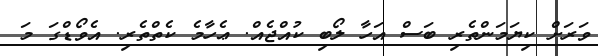
ވަރަށް ކިޔަމަންތެރި ބަސް އަހާ ލޯބި ކުއްޖެއް. ޢެހާމެ ކެތްތެރި. އެވޯޑްގަ މަ